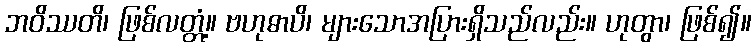
ဘဝိဿတိ၊ ဖြစ်လတ္တံ့။ ဗဟုဓာပိ၊ များသောအပြားရှိသည်လည်း။ ဟုတွာ၊ ဖြစ်၍။